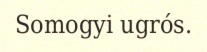
Somogyi ugrós.